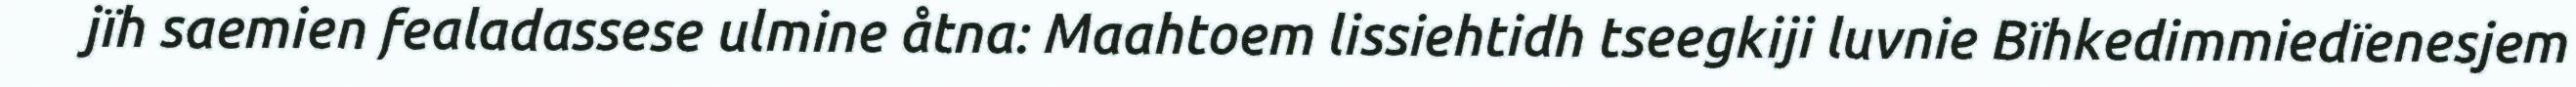
jïh saemien fealadassese ulmine åtna: Maahtoem lissiehtidh tseegkiji luvnie Bïhkedimmiedïenesjem